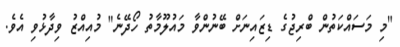
"މި މަސައްކަތުން ބްރިޖުގެ ޑިޒައިނަށް ބޭނުންވާ މައުލޫމާތު ހޯދޭނެ" މުއިއްޒު ވިދާޅުވި އެވެ.